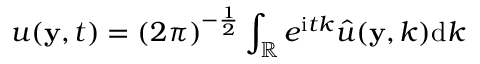
u ( \mathbf { y } , t ) = \left( 2 \pi \right) ^ { - \frac { 1 } { 2 } } \int _ { \mathbb { R } } ^ { } e ^ { \mathrm { i } t k } \hat { u } ( \mathbf { y } , k ) \mathrm { d } k